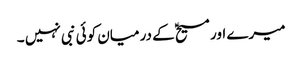
میرے اور مسیحؑ کے درمیان کوئی نبی نہیں ۔